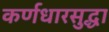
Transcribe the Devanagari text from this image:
कर्णधारसुद्धा